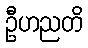
ဦဟညတိ